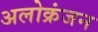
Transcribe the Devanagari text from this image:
अलोक्रंजन